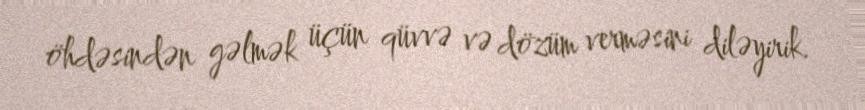
öhdəsindən gəlmək üçün qüvvə və dözüm verməsini diləyirik.